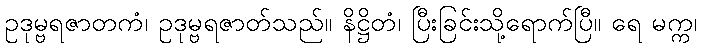
ဥဒုမ္ဗရဇာတကံ၊ ဥဒုမ္ဗရဇာတ်သည်။ နိဋ္ဌိတံ၊ ပြီးခြင်းသို့ရောက်ပြီ။ ရေ မက္က၊